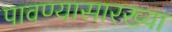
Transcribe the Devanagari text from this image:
पावण्यासारख्या